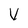
Character: V